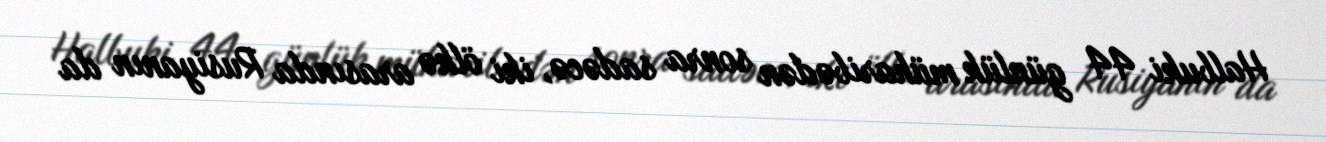
Halbuki 44 günlük müharibədən sonra sadəcə, iki ölkə arasında Rusiyanın da